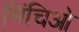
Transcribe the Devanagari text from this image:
मिंचिओ